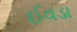
ઈવડા